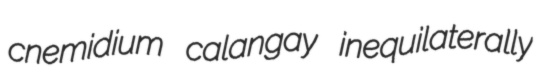
cnemidium calangay inequilaterally